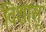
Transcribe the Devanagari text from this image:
विशासू